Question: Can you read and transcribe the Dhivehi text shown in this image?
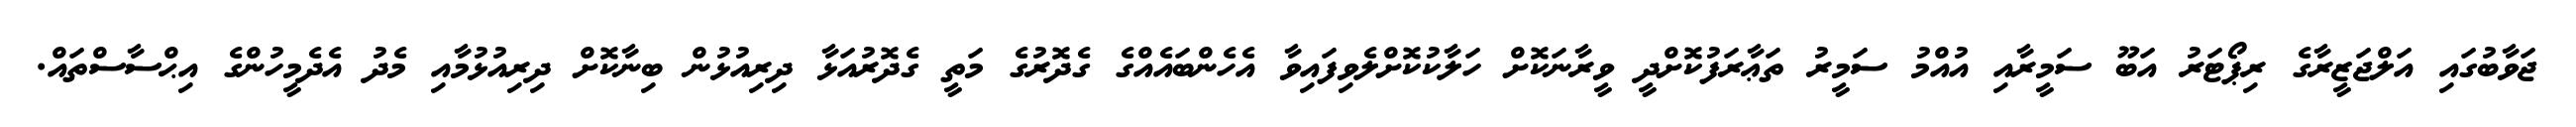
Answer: ޖަވާބުގައި އަލްޖަޒީރާގެ ރިޕޯޓަރު އަބޫ ސަމީރާއި އުއްމު ސަމީރު ތަޢާރަފުކޮށްދީ ވީރާނަކޮށް ހަލާކުކޮށްލެވިފައިވާ އެހެންބައެއްގެ ގެދޮރުގެ މަތީ ގެދޮރުއަޅާ ދިރިއުޅުން ބިނާކޮށް ދިރިއުޅުމާއި މެދު އެދެމީހުންގެ އިޙްސާސްތައް.